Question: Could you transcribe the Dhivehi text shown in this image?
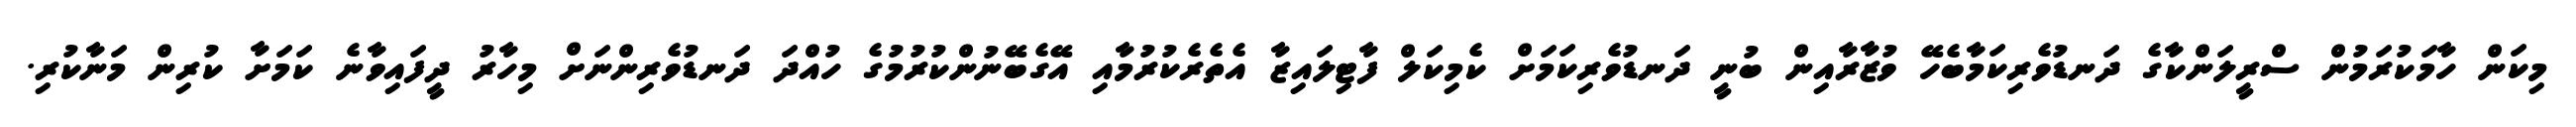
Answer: މިކަން ހާމަކުރަމުން ސްރީލަންކާގެ ދަނޑުވެރިކަމާބެހޭ ވުޒާރާއިން ބުނީ ދަނޑުވެރިކަމަށް ކެމިކަލް ފާޓިލައިޒާ އެތެރެކުރުމާއި އޭގެބޭނުންކުރުމުގެ ހުއްދަ ދަނޑުވެރިންނަށް މިހާރު ދީފައިވާނެ ކަމަށާ ކުރިން މަނާކުރި.